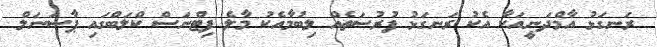
ރަނގަޅު އާމްދަނީއަކާ އެކު ރަނގަޅު ފުރުސަތެއް ލިބުމާއެކު މާލެ ފިޓްނަސް ކްލަބްގައި ޕާސަނަލް